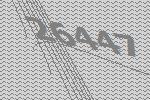
26447